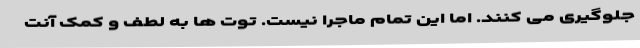
جلوگیری می کنند. اما این تمام ماجرا نیست. توت ها به لطف و کمک آنت